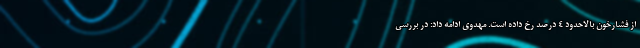
از فشارخون بالاحدود ۴ درصد رخ داده است. مهدوی ادامه داد: در بررسی